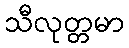
သီလုတ္တမာ